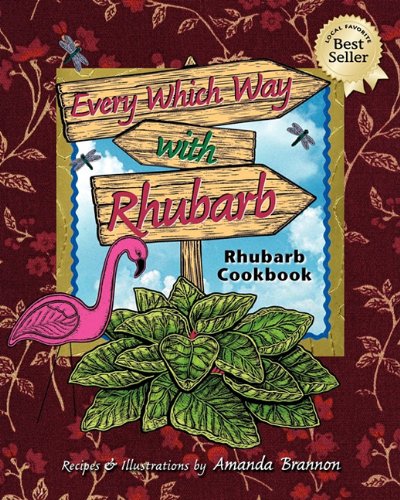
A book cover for Every Which Way with Rhubarb: A Rhubarb Cookbook; Amanda Brannon; Cookbooks, Food & Wine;